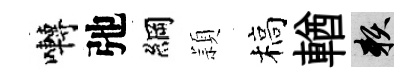
囀弛綱頴槁輶賴